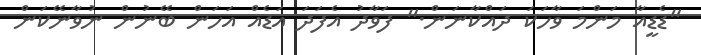
"ޑެޑީއާ މަންމަ ވާހަކަ ދައްކާނަން." ފަވާދު އެފަދަ އަޑެއް އަހަން ބޭނުން ނުވާނޭކަން